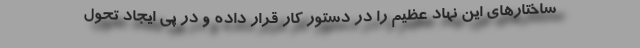
ساختارهای این نهاد عظیم را در دستور کار قرار داده و در پی ایجاد تحول